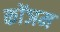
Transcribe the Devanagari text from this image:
कोंञम